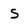
Character: s